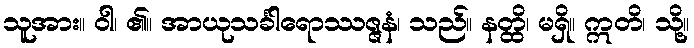
သူအား။ ဝါ၊ ၏။ အာယုသင်္ခါရောဿဇ္ဇနံ၊ သည်။ နတ္ထိ၊ မရှိ။ ဣတိ၊ သို့။